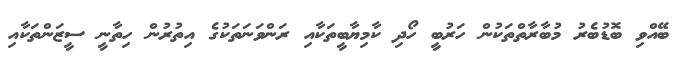
ބޭއްވި ބޮޑުބެރު މުބާރާތްތަކުން ހަރުބީ ހޯދި ކާމިޔާބީތަކާއި ރަންވަނަތަކުގެ އިތުރުން ހިތާނީ ސީޒަންތަކާއި